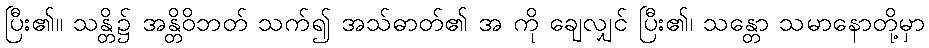
ပြီး၏။ သန္တိ၌ အန္တိဝိဘတ် သက်၍ အသ်ဓာတ်၏ အ ကို ချေလျှင် ပြီး၏၊ သန္တော သမာနောတို့မှာ